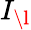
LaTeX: I_{\l}